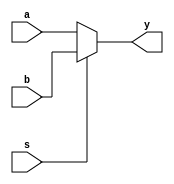
module two_to_one_mux (
    input wire a,
    input wire b,
    input wire s,
    output wire y
);
    assign y = s ? b : a;
endmodule

module four_to_one_mux (
    input wire [3:0] i,
    input wire [1:0] s,
    output wire y
);
    wire [1:0] r;
    two_to_one_mux m1 (i[0], i[1], s[0], r[0]);
    two_to_one_mux m2 (i[2], i[3], s[0], r[1]);
    two_to_one_mux m3 (r[0], r[1], s[1], y);
endmodule